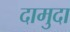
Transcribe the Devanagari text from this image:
दामुदा